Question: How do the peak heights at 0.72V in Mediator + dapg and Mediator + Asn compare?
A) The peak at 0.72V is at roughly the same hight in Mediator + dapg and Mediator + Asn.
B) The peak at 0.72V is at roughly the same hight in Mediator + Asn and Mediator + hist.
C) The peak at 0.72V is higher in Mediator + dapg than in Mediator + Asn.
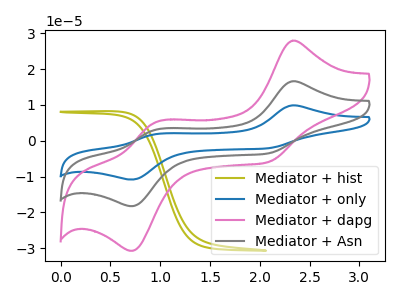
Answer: <think>The olive curve "Mediator + hist" has no peaks. The blue curve "Mediator + only" has anodic peaks at (2.35V, 33.15uA) (0.95V, 6.05uA) and cathodic peaks at (2.10V, -7.10uA) (0.70V, -36.50uA). The pink curve "Mediator + dapg" has anodic peaks at (2.35V, 27.90uA) (0.95V, 5.10uA) and cathodic peaks at (2.10V, -6.00uA) (0.70V, -30.70uA). The gray curve "Mediator + Asn" has anodic peaks at (2.35V, 16.60uA) (0.95V, 3.00uA) and cathodic peaks at (2.10V, -3.55uA) (0.70V, -18.25uA).</think>
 <answer>C) The peak at 0.72V is higher in "Mediator + dapg" than in "Mediator + Asn".</answer>
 <eval>C</eval>